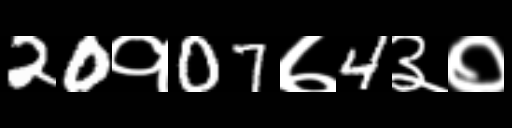
Text: 20१07७4३०